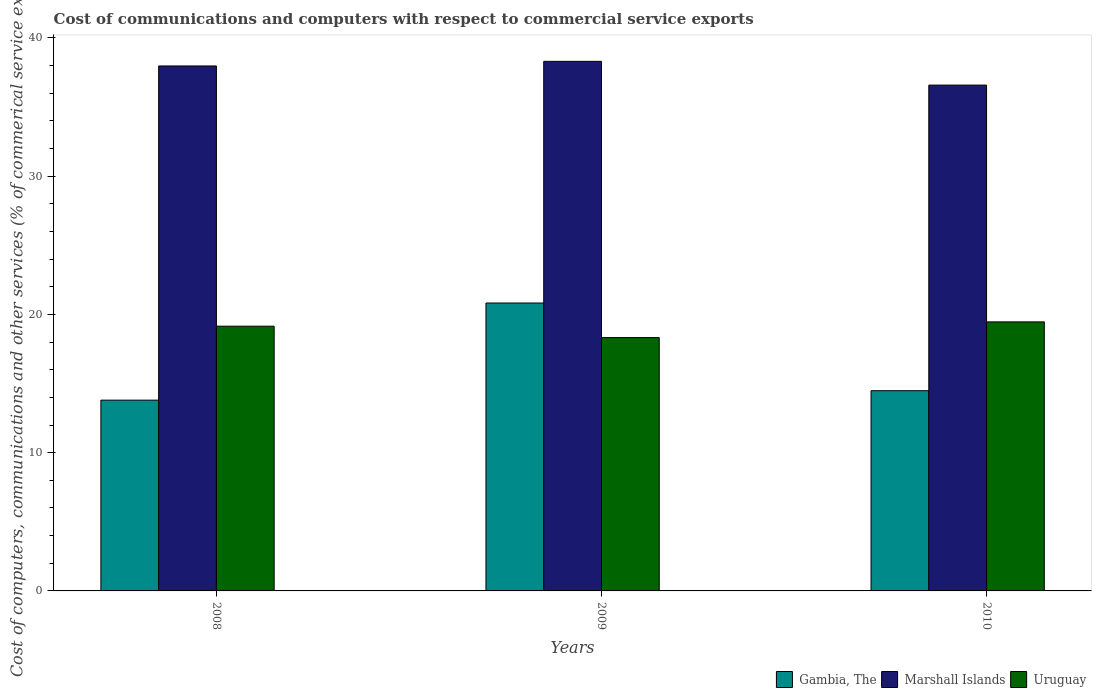
| Years | Gambia, The | Marshall Islands | Uruguay |
 | --- | --- | --- | --- |
 | 2008 | 13.8 | 38 | 19.1 |
 | 2009 | 20.8 | 38.3 | 18.3 |
 | 2010 | 14.5 | 36.6 | 19.5 |